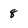
Character: 8